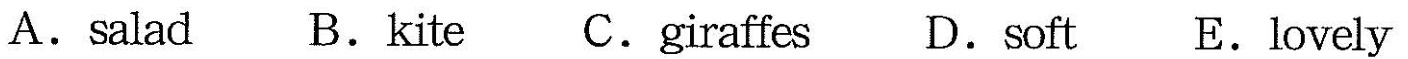
A.salad B.kite C.giraffes D.soft E.lovely